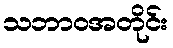
သဘာဝအတိုင်း